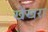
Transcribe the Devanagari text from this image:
खेंखरा